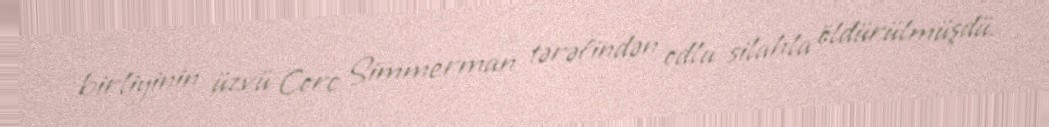
birliyinin üzvü Corc Simmerman tərəfindən odlu silahla öldürülmüşdü.